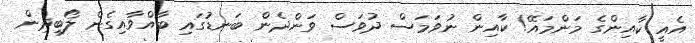
އެއީ ކާއިންގެ މަންމައޭ! ކާއިން ނުވަމަސް ދުވަސް ވަންދެން ބަނޑުގައި ބާއްވާއިގެން ލޯބިދިން